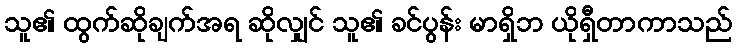
သူ၏ ထွက်ဆိုချက်အရ ဆိုလျှင် သူ၏ ခင်ပွန်း မာရှိဘ ယိုရှီတာကာသည်